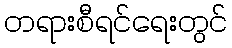
တရားစီရင်ရေးတွင်